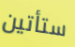
ستأتين